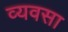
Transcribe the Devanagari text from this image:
व्यवसा